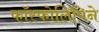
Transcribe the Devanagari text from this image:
फॉस्फोलिपिने